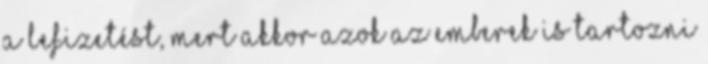
a lefizetést, mert akkor azok az emberek is tartozni